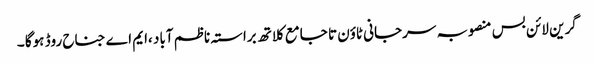
گرین لائن بس منصوبہ سرجانی ٹاوٴن تا جامع کلاتھ براستہ ناظم آباد ،ایم اے جناح روڈ ہوگا ۔